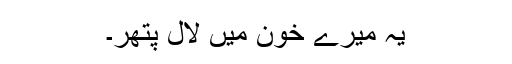
یہ میرے خون میں لال پتھر۔